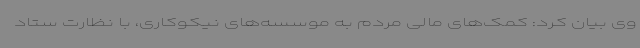
وی بیان کرد: کمک‌های مالی مردم به موسسه‌های نیکوکاری، با نظارت ستاد